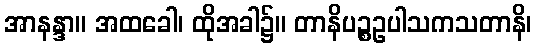
အာနန္ဒာ။ အထခေါ၊ ထိုအခါ၌။ တာနိပဉ္စဥပါသကသတာနိ၊